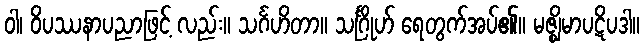
ဝါ၊ ဝိပဿနာပညာဖြင့် လည်း။ သင်္ဂဟိတာ။ သင်္ဂြိုဟ် ရေတွက်အပ်၏။ မဇ္ဈိမာပဋိပဒါ။